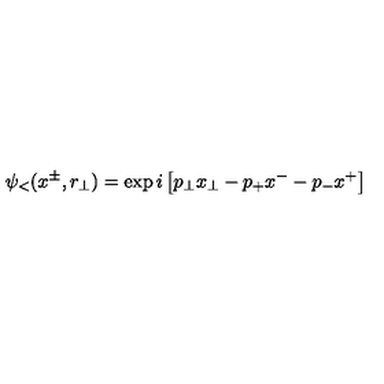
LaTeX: \psi _ { < } ( x ^ { \pm } , r _ { \perp } ) = \exp i \left[ p _ { \perp } x _ { \perp } - p _ { + } x ^ { - } - p _ { - } x ^ { + } \right]